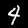
Label: 4